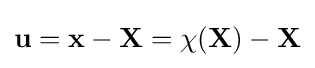
{\bf {u}}={\bf {x}}-{\bf {X}}=\chi ({\bf {X}})-{\bf {X}}